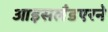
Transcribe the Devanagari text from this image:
आइसलँडएरने